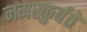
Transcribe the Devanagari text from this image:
नमस्कुर्वते